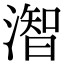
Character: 潪